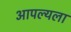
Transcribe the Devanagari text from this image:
आपल्यला